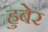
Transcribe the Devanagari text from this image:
हुबेर